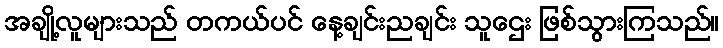
အချို့လူများသည် တကယ်ပင် နေ့ချင်းညချင်း သူဌေး ဖြစ်သွားကြသည်။